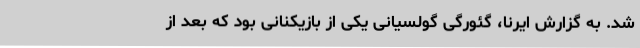
شد. به گزارش ایرنا، گئورگی گولسیانی یکی از بازیکنانی بود که بعد از